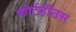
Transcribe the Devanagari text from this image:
कोर्टहॉउस